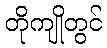
တိုကျိုတွင်